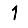
Digit: 1